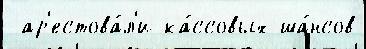
 ар'естова́л'и ка́ссовых ша́нсов